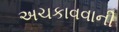
અચકાવવાની